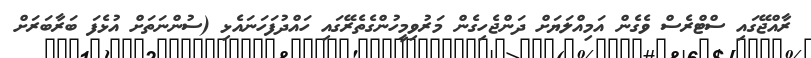
ރާއްޖޭގައި ސްޓްރެސް ވެގެން އަމިއްލަޔަށް ދަންޖެހިގެން މަރުވިމީހުންގެތެރޭގައި ހައްދުފަހަނައެޅި (ސުންނަތަށް އުޅެފަ ބަރާބަރަށް